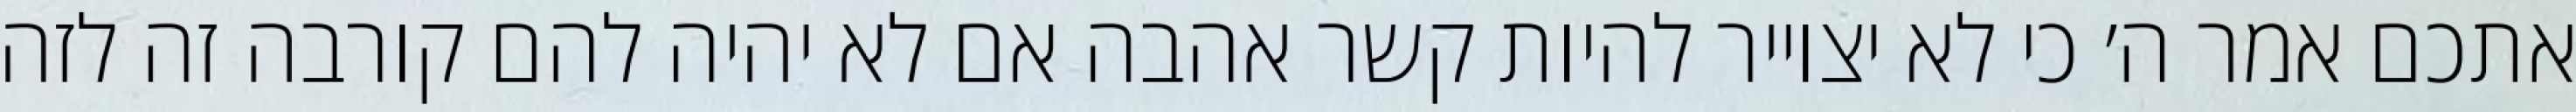
אתכם אמר ה׳ כי לא יצוייר להיות קשר אהבה אם לא יהיה להם קורבה זה לזה